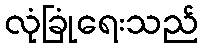
လုံခြုံရေးသည်